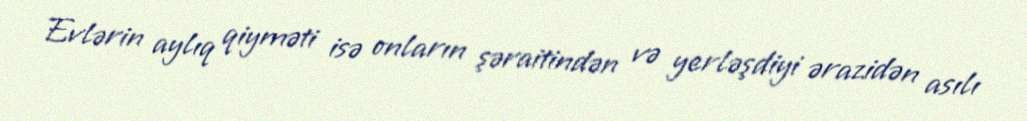
Evlərin aylıq qiyməti isə onların şəraitindən və yerləşdiyi ərazidən asılı